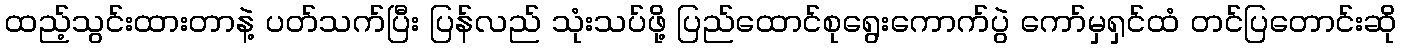
ထည့်သွင်းထားတာနဲ့ ပတ်သက်ပြီး ပြန်လည် သုံးသပ်ဖို့ ပြည်ထောင်စုရွေးကောက်ပွဲ ကော်မှရှင်ထံ တင်ပြတောင်းဆို